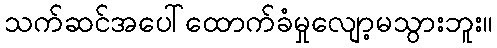
သက်ဆင်အပေါ်ထောက်ခံမှုလျော့မသွားဘူး။